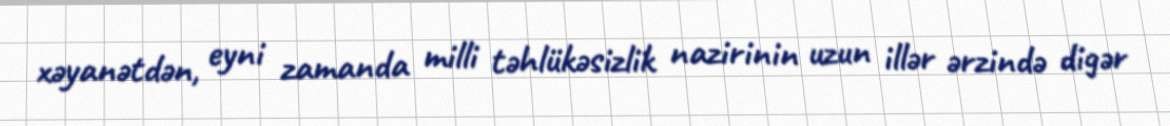
xəyanətdən, eyni zamanda milli təhlükəsizlik nazirinin uzun illər ərzində digər